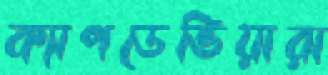
ক্যাপডেভিয়ারা